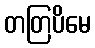
တတြပိမေ